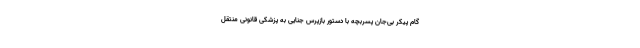
گام پیکر بی‌جان پسربچه با دستور بازپرس جنایی به پزشکی قانونی منتقل